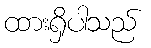
ထားရှိပါသည်